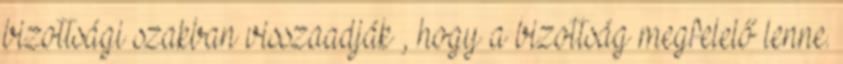
bizottsági szakban visszaadják , hogy a bizottság megfelelő lenne.